Indian journal of veterinary science and animal husbandry - Volumes 26-27, 1956-1957
Year: 1956
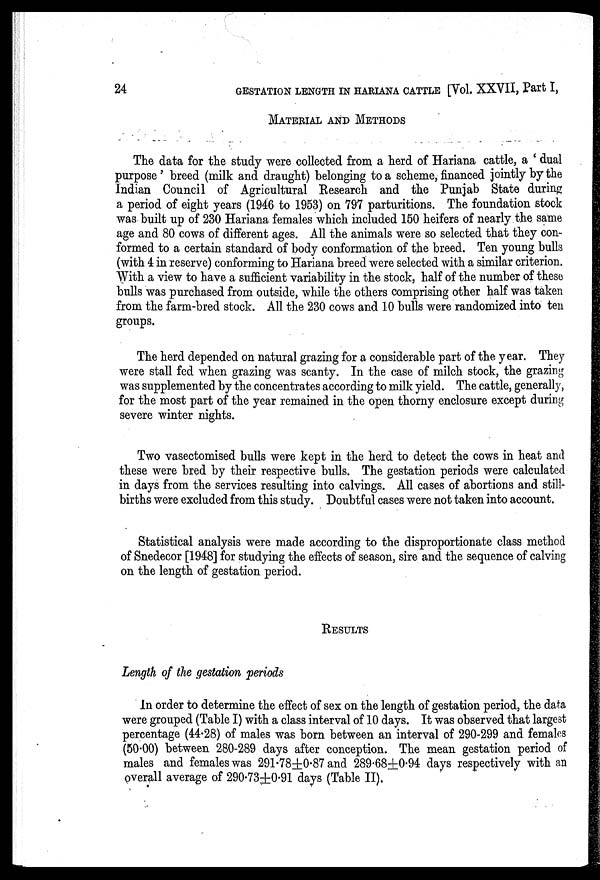
24
GESTATION LENGTH IN HARIANA CATTLE [Vol. XXVII, Part I,
MATERIAL AND METHODS
The data for the study were collected from a herd of Hariana cattle, a ' dual
purpose' breed (milk and draught) belonging to a scheme, financed jointly by the
Indian Council of Agricultural Research and the Punjab State during
a period of eight years (1946 to 1953) on 797 parturitions. The foundation stock
was built up of 230 Hariana females which included 150 heifers of nearly the same
age and 80 cows of different ages. All the animals were so selected that they con-
formed to a certain standard of body conformation of the breed. Ten young bulls
(with 4 in reserve) conforming to Hariana breed were selected with a similar criterion.
With a view to have a sufficient variability in the stock, half of the number of these
bulls was purchased from outside, while the others comprising other half was taken
from the farm-bred stock. All the 230 cows and 10 bulls were randomized into ten
groups.
The herd depended on natural grazing for a considerable part of the year. They
were stall fed when grazing was scanty. In the case of milch stock, the grazing
was supplemented by the concentrates according to milk yield. The cattle, generally,
for the most part of the year remained in the open thorny enclosure except during
severe winter nights.
Two vasectomised bulls were kept in the herd to detect the cows in heat and
these were bred by their respective bulls. The gestation periods were calculated
in days from the services resulting into calvings. All cases of abortions and still-
births were excluded from this study. Doubtful cases were not taken into account.
Statistical analysis were made according to the disproportionate class method
of Snedecor [1948] for studying the effects of season, sire and the sequence of calving
on the length of gestation period.
RESULTS
Length of the gestation periods
In order to determine the effect of sex on the length of gestation period, the data
were grouped (Table I) with a class interval of 10 days. It was observed that largest
percentage (44.28) of males was born between an interval of 290-299 and females
(50.00) between 280-289 days after conception. The mean gestation period of
males and females was 291.78±0.87 and 289.68±0.94 days respectively with an
overall average of 290.73±0.91 days (Table II).